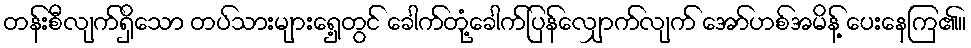
တန်းစီလျက်ရှိသော တပ်သားများရှေ့တွင် ခေါက်တုံ့ခေါက်ပြန်လျှောက်လျက် အော်ဟစ်အမိန့် ပေးနေကြ၏။